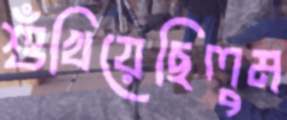
শুঁখিয়েছিলুম